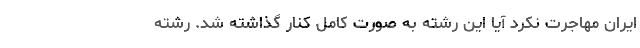
ایران مهاجرت نکرد آیا این رشته به صورت کامل کنار گذاشته شد. رشته